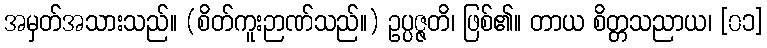
အမှတ်အသားသည်။ (စိတ်ကူးဉာဏ်သည်။) ဥပ္ပဇ္ဇတိ၊ ဖြစ်၏။ တာယ စိတ္တသညာယ၊ [၀၁]